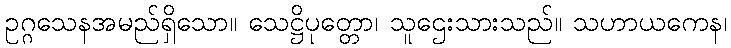
ဥဂ္ဂသေနအမည်ရှိသော။ သေဋ္ဌိပုတ္တော၊ သူဌေးသားသည်။ သဟာယကေန၊